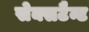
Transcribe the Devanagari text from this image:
सेक्सटैन्ट